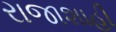
રાજાશાહી